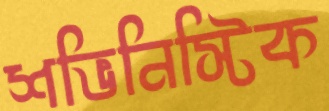
শভিনিস্টিক